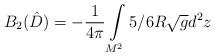
LaTeX: \begin{align*}B_{2}(\hat{D})=-{1 \over 4\pi} \int\limits_{M^2}^{} 5/6 R\sqrt{g}d^2 z\end{align*}